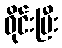
ဝိုင်းပြီး